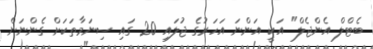
ބެޓްލް އެންޖެލް" އަކީ އަންނަ އަހަރުގެ ޖުލައި 20 ގައި ސިނަމާތަކަށް ގެންނަން